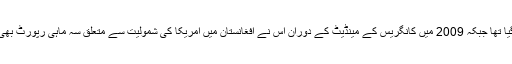
خیال رہے کہ سیگار 2008 میں بنایا گیا تھا جبکہ 2009 میں کانگریس کے مینڈیٹ کے دوران اس نے افغانستان میں امریکا کی شمولیت سے متعلق سہ ماہی رپورٹ بھی کانگریس کو بھیجنا شروع کردی تھی۔